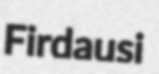
Firdausi